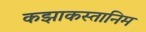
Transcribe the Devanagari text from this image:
कझाकस्तानिम